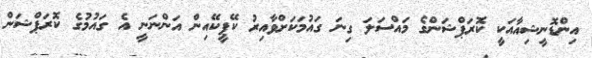
އިންޑޮނީޝިއާއަކީ ކޮރަޕްޝަންގެ މައްސަލަ ގިނަ ގައުމަކަށްވާއިރު ކޭޕީކޭއިން އަންނަނީ އެ ގައުމުގެ ކޮރަޕްޝަން